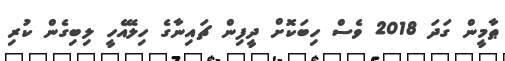
ޠާމީން ގަދަ 2018 ވެސް ހިބަކޮށް ދީފިން ޗައިނާގެ ހިލޭއެހީ ލިބިގެން ކުރި